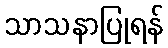
သာသနာပြုရန်